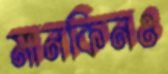
মানকিনও